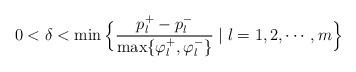
LaTeX: \begin{align*}0<\delta<\min\Big\{\frac{p^+_l-p^-_l}{\max\{\varphi_l^+,\varphi^-_l\}}\mid l=1,2,\cdots,m\Big\}\end{align*}